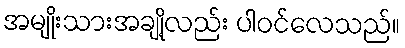
အမျိုးသားအချို့လည်း ပါဝင်လေသည်။